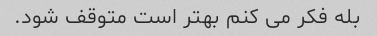
بله فکر می کنم بهتر است متوقف شود.